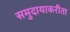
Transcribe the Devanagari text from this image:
समुदायाकरीता